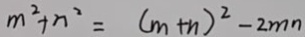
m ^ { 2 } + n ^ { 2 } = ( m + n ) ^ { 2 } - 2 m n